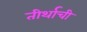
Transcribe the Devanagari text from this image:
तीर्थाची